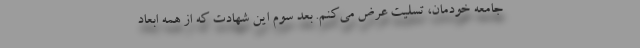
جامعه خودمان، تسلیت عرض می‌کنم. بعد سوم این شهادت که از همه ابعاد